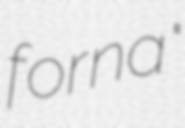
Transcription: forna"